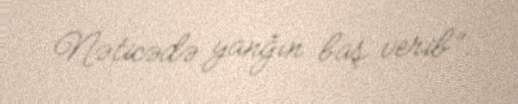
Nəticədə yanğın baş verib”.